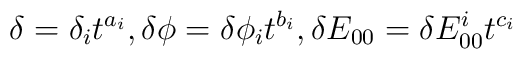
\delta = \delta_{i} t^{a_i}, \delta\phi = \delta\phi_{i} t^{b_i}, \delta E_{00}= \delta E_{00}^i t^{c_i}